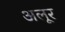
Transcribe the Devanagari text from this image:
अलूर